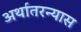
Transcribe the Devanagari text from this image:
अर्थातरन्यास